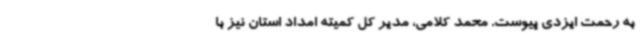
به رحمت ایزدی پیوست. محمد کلامی، مدیر کل کمیته امداد استان نیز با